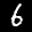
Label: 6